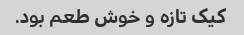
کیک تازه و خوش طعم بود.